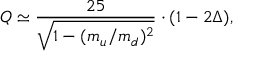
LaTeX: Q \simeq \frac { 2 5 } { \sqrt { 1 - ( m _ { u } / m _ { d } ) ^ { 2 } } } \cdot ( 1 - 2 \Delta ) ,